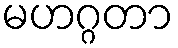
မဟဂ္ဂတာ